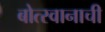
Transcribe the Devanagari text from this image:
बोत्स्वानाची